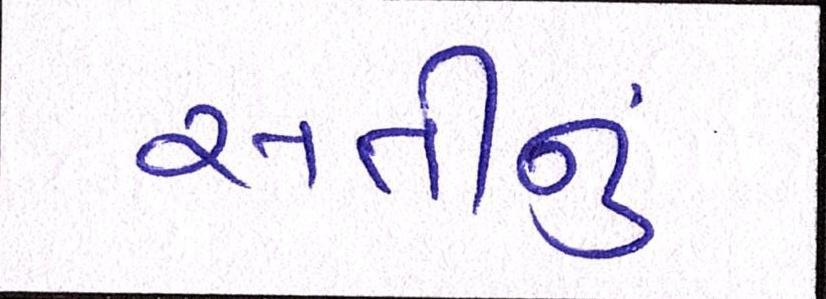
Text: સતીનું